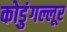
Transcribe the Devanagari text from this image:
कोडुंगल्लूर